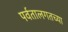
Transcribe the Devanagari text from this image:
पर्वतालगतच्या